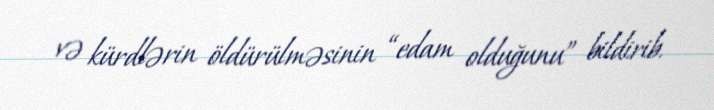
və kürdlərin öldürülməsinin “edam olduğunu” bildirib.